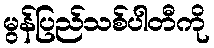
မွန်ပြည်သစ်ပါတီကို